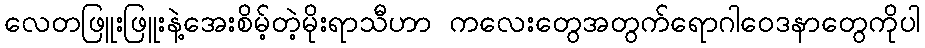
လေတဖြူးဖြူးနဲ့အေးစိမ့်တဲ့မိုးရာသီဟာ ကလေးတွေအတွက်ရောဂါဝေဒနာတွေကိုပါ